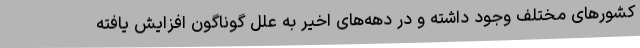
کشورهای مختلف وجود داشته و در دهه‌های اخیر به علل گوناگون افزایش یافته